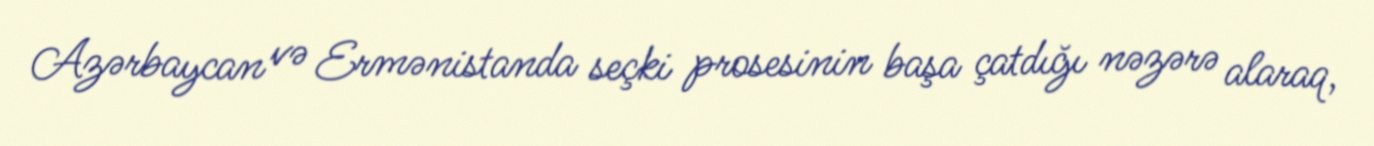
Azərbaycan və Ermənistanda seçki prosesinin başa çatdığı nəzərə alaraq,